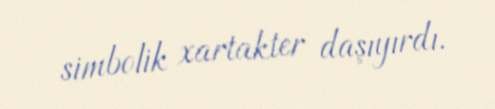
simbolik xartakter daşıyırdı.